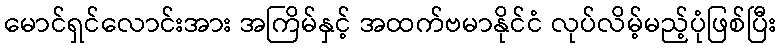
မောင်ရှင်လောင်းအား အကြိမ်နှင့် အထက်ဗမာနိုင်ငံ လုပ်လိမ့်မည့်ပုံဖြစ်ပြီး